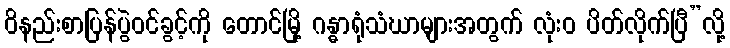
ဝိနည်းစာပြန်ပွဲဝင်ခွင့်ကို တောင်မြို့ ဂန္ဓာရုံသံဃာများအတွက် လုံးဝ ပိတ်လိုက်ပြီ”လို့